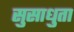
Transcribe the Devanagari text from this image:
सुसाधुता